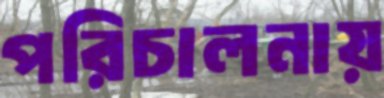
পরিচালনায়